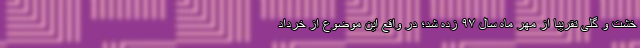
خشت و گلی تقریبا از مهر ماه سال ۹۷ زده شد؛ در واقع این موضوع از خرداد